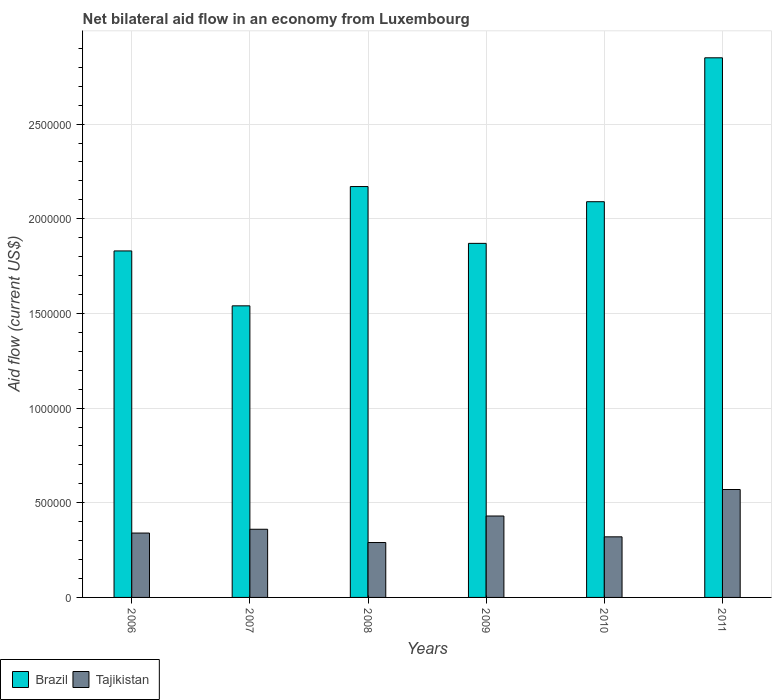
| Years | Brazil | Tajikistan |
 | --- | --- | --- |
 | 2006 | 1.83e+06 | 3.4e+05 |
 | 2007 | 1.54e+06 | 3.6e+05 |
 | 2008 | 2.17e+06 | 2.9e+05 |
 | 2009 | 1.87e+06 | 4.3e+05 |
 | 2010 | 2.09e+06 | 3.2e+05 |
 | 2011 | 2.85e+06 | 5.7e+05 |